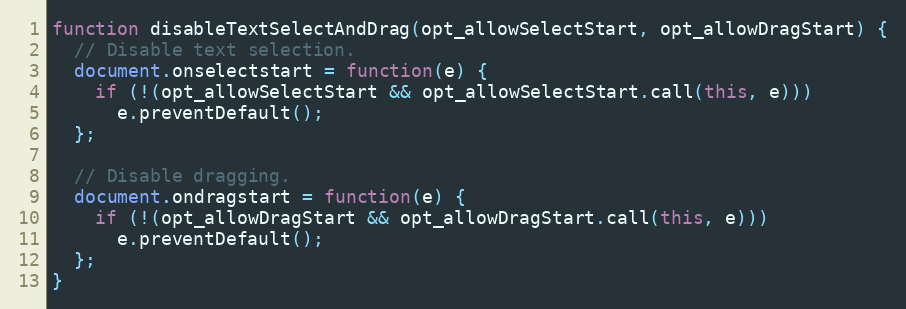
Language: JavaScript
function disableTextSelectAndDrag(opt_allowSelectStart, opt_allowDragStart) {
  // Disable text selection.
  document.onselectstart = function(e) {
    if (!(opt_allowSelectStart && opt_allowSelectStart.call(this, e)))
      e.preventDefault();
  };

  // Disable dragging.
  document.ondragstart = function(e) {
    if (!(opt_allowDragStart && opt_allowDragStart.call(this, e)))
      e.preventDefault();
  };
}